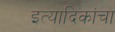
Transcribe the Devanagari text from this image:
इत्यादिकांचा